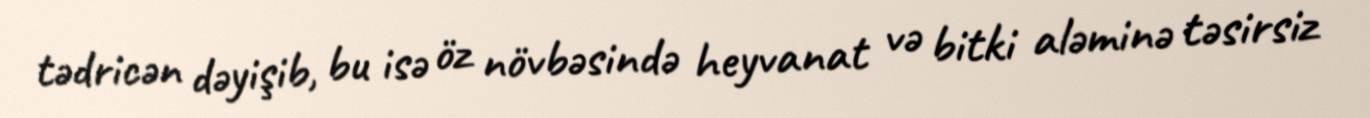
tədricən dəyişib, bu isə öz növbəsində heyvanat və bitki aləminə təsirsiz